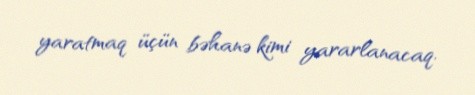
yaratmaq üçün bəhanə kimi yararlanacaq.